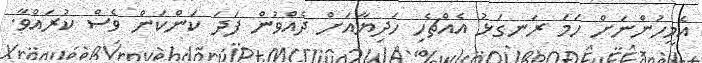
އެމީހުންނަށް ހަމަ ރަނގަޅު އެއްޗެހި ހަދިޔާއަށް ދެއްވުން ފަދަ ކަންކަން ވެސް ކުރައްވާ.